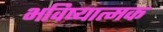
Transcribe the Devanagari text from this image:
भविष्यात्मक